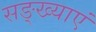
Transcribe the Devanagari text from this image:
सङ्ख्याएं